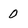
Character: 0